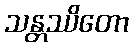
သန္တဿိတော